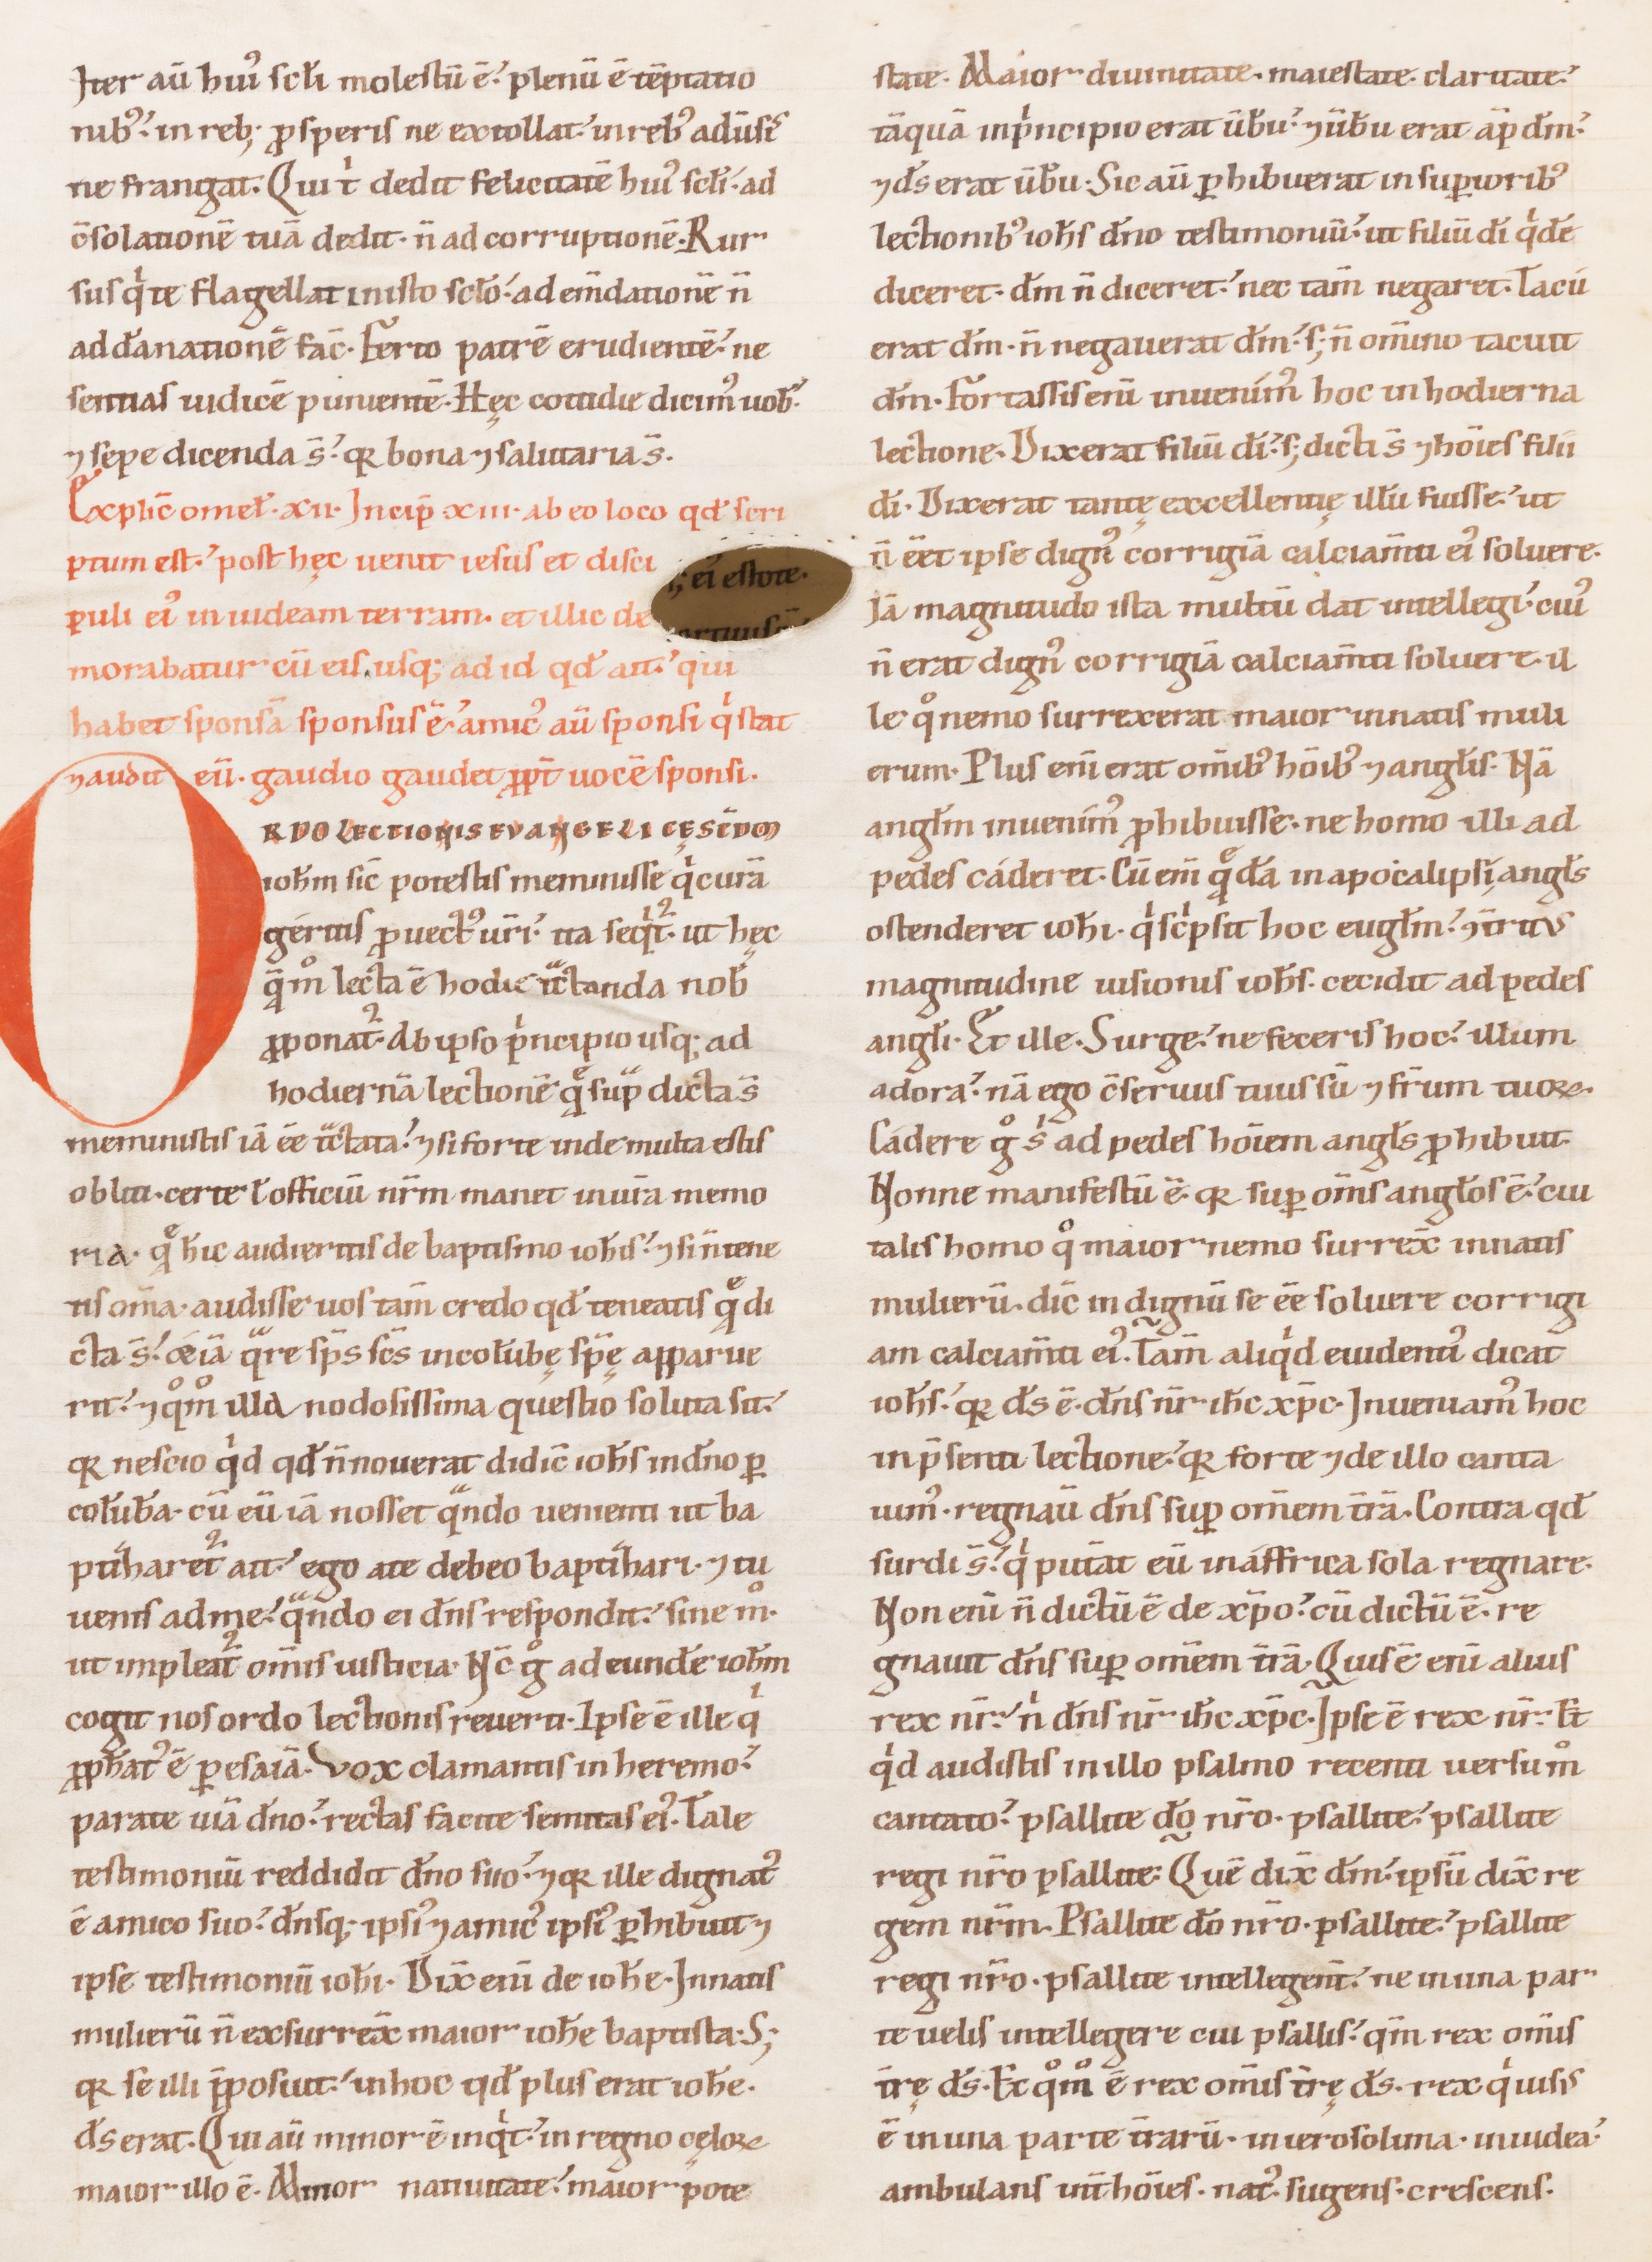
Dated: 1100–1199